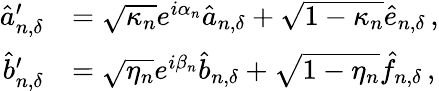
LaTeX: \begin{array}{rl}{\hat{a}_{n,{\delta}}^{\prime}}&{=\sqrt{\kappa_{n}}e^{i\alpha_{n}}\hat{a}_{n,{\delta}}+\sqrt{1-\kappa_{n}}\hat{e}_{n,{\delta}}\, ,}\\ {\hat{b}_{n,{\delta}}^{\prime}}&{=\sqrt{\eta_{n}}e^{i\beta_{n}}\hat{b}_{n,{\delta}}+\sqrt{1-\eta_{n}}\hat{f}_{n,{\delta}}\, ,}\end{array}